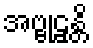
အဗ္ဗုဠှန္တိ